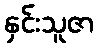
နှင်းသူဇာ